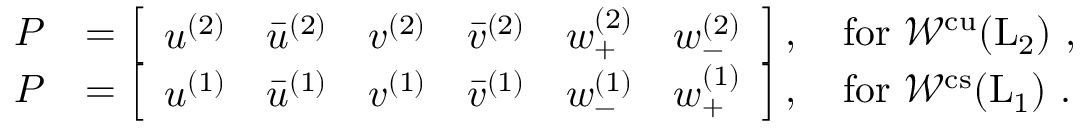
\begin{array} { r l } { P } & { = \left[ \begin{array} { l l l l l l } { u ^ { ( 2 ) } } & { \bar { u } ^ { ( 2 ) } } & { v ^ { ( 2 ) } } & { \bar { v } ^ { ( 2 ) } } & { w _ { + } ^ { ( 2 ) } } & { w _ { - } ^ { ( 2 ) } } \end{array} \right] , \quad \mathrm { f o r ~ { \mathcal { W } } ^ { c u } ( L _ 2 ) ~ } , } \\ { P } & { = \left[ \begin{array} { l l l l l l } { u ^ { ( 1 ) } } & { \bar { u } ^ { ( 1 ) } } & { v ^ { ( 1 ) } } & { \bar { v } ^ { ( 1 ) } } & { w _ { - } ^ { ( 1 ) } } & { w _ { + } ^ { ( 1 ) } } \end{array} \right] , \quad \mathrm { f o r ~ { \mathcal { W } } ^ { c s } ( L _ 1 ) ~ } . } \end{array}